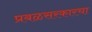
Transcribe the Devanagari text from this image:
प्रबळसरकारचा